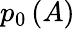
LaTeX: p_{0}\left(A\right)